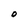
Character: O